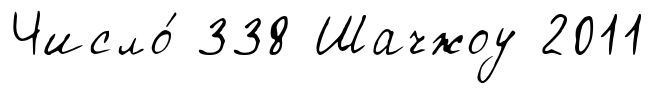
Число́ 338 Шачжоу 2011